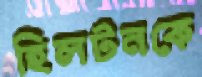
হিলটনকে